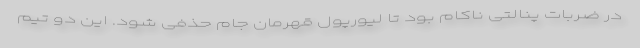
در ضربات پنالتی ناکام بود تا لیورپول قهرمان جام حذفی شود. این دو تیم